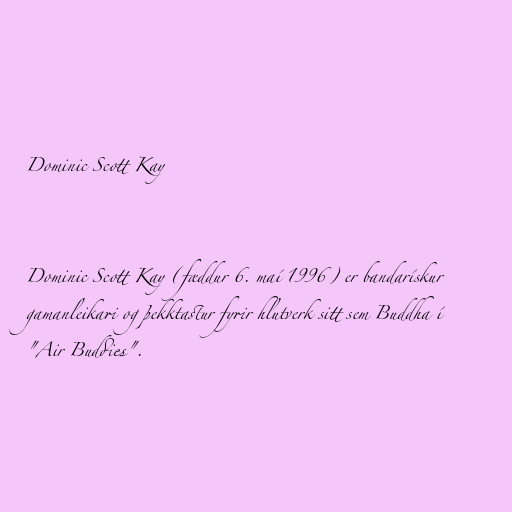
Dominic Scott Kay

Dominic Scott Kay (fæddur 6. maí 1996) er bandarískur
gamanleikari og þekktastur fyrir hlutverk sitt sem Buddha í
"Air Buddies".